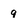
Character: q